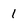
Character: 1